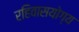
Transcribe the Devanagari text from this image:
रहिवासयोग्य